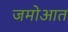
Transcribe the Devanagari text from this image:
जमोआत